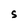
Character: S